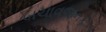
બચાવજનક